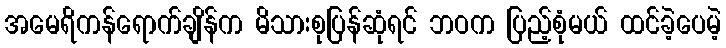
အမေရိကန်ရောက်ချိန်က မိသားစုပြန်ဆုံရင် ဘဝက ပြည့်စုံမယ် ထင်ခဲ့ပေမဲ့